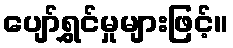
ပျော်ရွှင်မှုများဖြင့်။